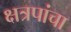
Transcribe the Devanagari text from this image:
क्षत्रपांचा